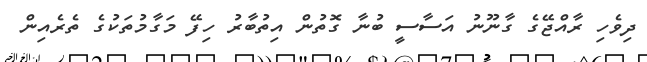
ދިވެހި ރާއްޖޭގެ ގާނޫނު އަސާސީ ބުނާ ގޮތުން އިތުބާރު ހިފޭ މަގާމުތަކުގެ ތެރެއިން